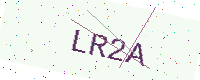
Text: LR2A